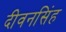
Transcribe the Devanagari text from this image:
दीवनसिंह